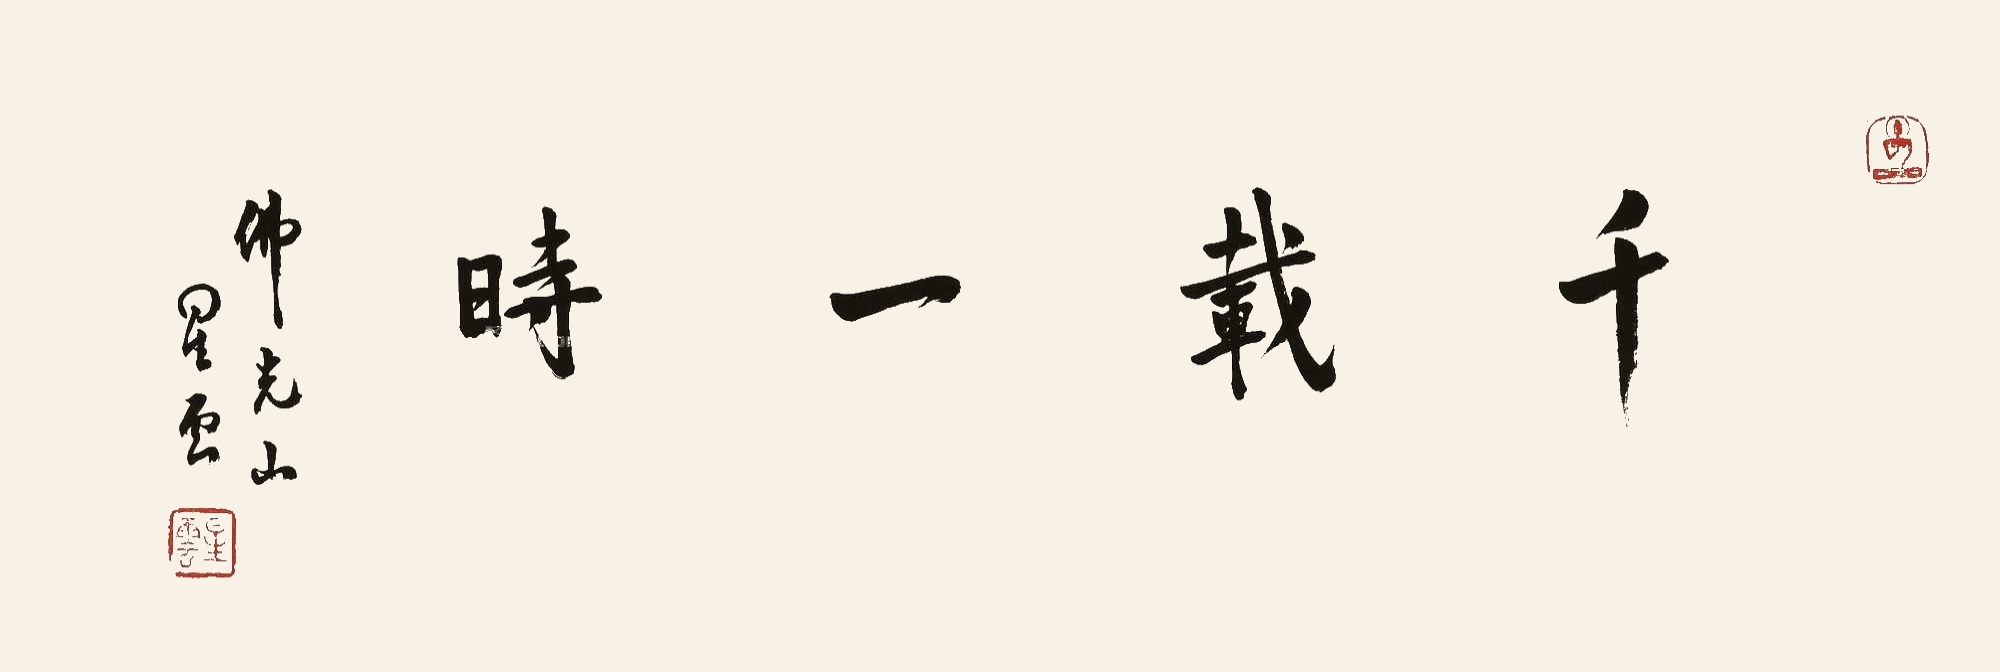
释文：千载一时佛光山星云